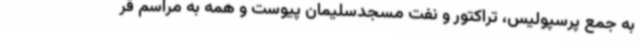
به جمع پرسپولیس، تراکتور و نفت مسجدسلیمان پیوست و همه به مراسم قر